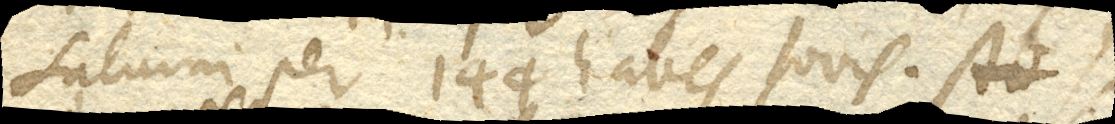
Saturni per 144 habes Jovis, si